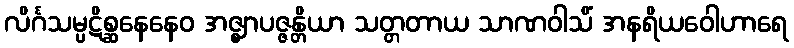
လိင်္ဂသမ္ပဋိစ္ဆနေနေဝ အဇ္ဈာပဇ္ဇန္တိယာ သတ္တတာယ သာဏဝါသိံ အနရိယဝေါဟာရေ